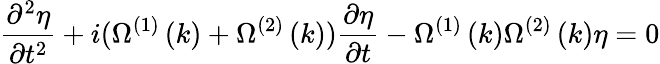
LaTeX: \frac{\partial^{2}\eta}{\partial t^{2}}+i(\Omega^{\left(1\right)}\left(k\right)+\Omega^{\left(2\right)}\left(k\right))\frac{\partial\eta}{\partial t}-\Omega^{\left(1\right)}\left(k\right)\Omega^{\left(2\right)}\left(k\right)\eta=0